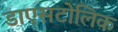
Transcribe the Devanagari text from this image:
डाएसटोलिक